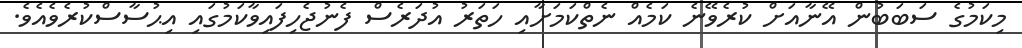
މިކަމުގެ ސަބަބުން އޭނާއަށް ކުރެވޭނެ ކަމެއް ނެތްކަމަށާއި ހަތަރު އުދަރެސް ފެނުޖެހިފައިވާކަމުގައި އިޙުސާސްކުރެވެއެވެ.